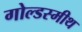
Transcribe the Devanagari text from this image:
गोल्डस्मीथ